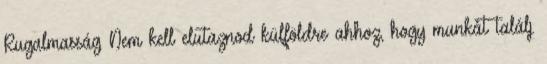
Rugalmasság Nem kell elutaznod külföldre ahhoz, hogy munkát találj.